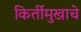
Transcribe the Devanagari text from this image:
किर्तीमुखाचे